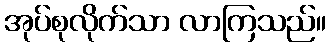
အုပ်စုလိုက်သာ လာကြသည်။